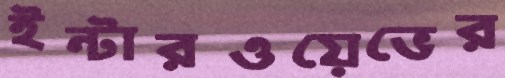
ইন্টারওয়েভের